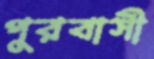
পুরবাসী